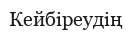
Кейбіреудің